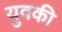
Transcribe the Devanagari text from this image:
युवकी